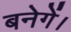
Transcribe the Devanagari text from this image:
बनेगें।